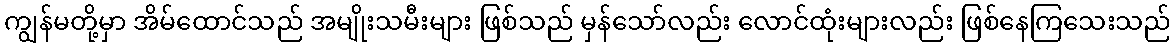
ကျွန်မတို့မှာ အိမ်ထောင်သည် အမျိုးသမီးများ ဖြစ်သည် မှန်သော်လည်း လောင်ထုံးများလည်း ဖြစ်နေကြသေးသည်